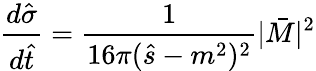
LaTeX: \frac{d\hat{\sigma}}{d\hat{t}}=\frac{1}{16\pi(\hat{s}-m^{2})^{2}}|\bar{M}|^{2}